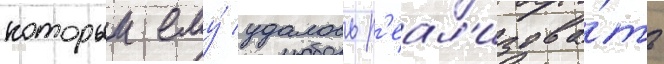
которыи ему́ удалось р'еал'изова́ть